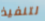
لتنفيذ